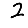
Digit: 2